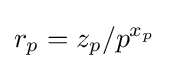
r_{p}=z_{p}/p^{x_{p}}